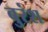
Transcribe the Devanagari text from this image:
बुरंश